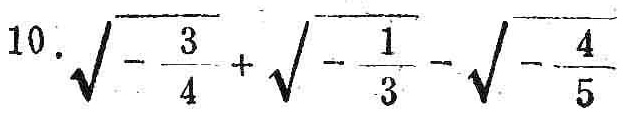
\(\sqrt{-\frac{3}{4}}+\sqrt{-\frac{1}{3}}-\sqrt{-\frac{4}{5}}\)